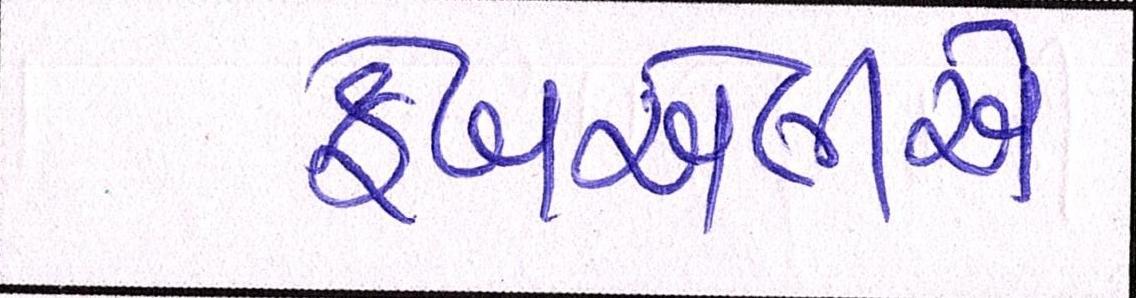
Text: ફેબએલીએ